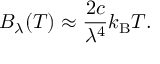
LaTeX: \qquad B _ { \lambda } ( T ) \approx { \frac { 2 c } { \lambda ^ { 4 } } } k _ { \mathrm { B } } T .